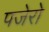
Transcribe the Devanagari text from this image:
पजेरो